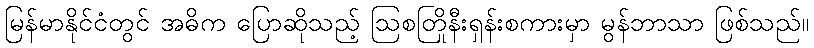
မြန်မာနိုင်ငံတွင် အဓိက ပြောဆိုသည့် ဩစတြိုနီးရှန်းစကားမှာ မွန်ဘာသာ ဖြစ်သည်။